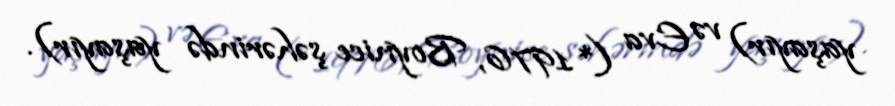
yaşayır) və Eva (*1976, Boynice şəhərində yaşayır).